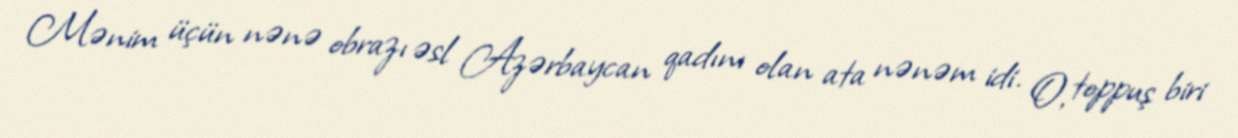
Mənim üçün nənə obrazı əsl Azərbaycan qadını olan ata nənəm idi. O, toppuş biri